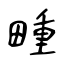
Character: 畽